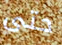
حتى